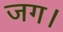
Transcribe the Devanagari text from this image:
जग।